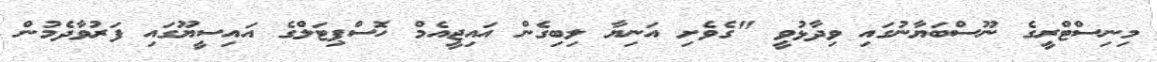
މިނިސްޓްރީގެ ނޫސްބަޔާނުގައި ވިދާޅުވީ "ގެވެށި އަނިޔާ ލިބިގެން އައިޖީއެމް ހޮސްޕިޓަލްގެ އައިސީޔޫގައި ފަރުވާދެމުން